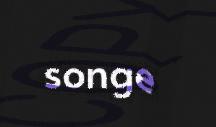
songe